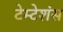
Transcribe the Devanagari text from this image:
टेम्टेशंस